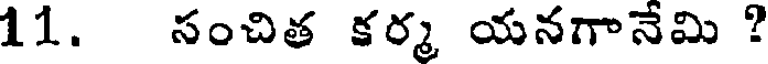
11. సంచిత కర్మ యనగానేమి ?